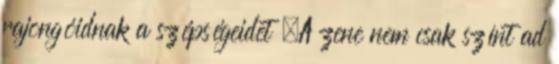
rajongóidnak a szépségeidet „A zene nem csak színt ad